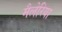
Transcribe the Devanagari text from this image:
मैलेरिया